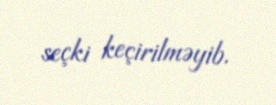
seçki keçirilməyib.